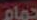
حمام